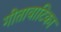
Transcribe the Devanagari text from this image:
गीतावाटिका